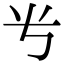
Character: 𬺸